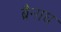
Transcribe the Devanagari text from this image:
ब्रैनाघ